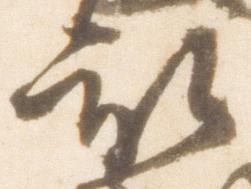
被